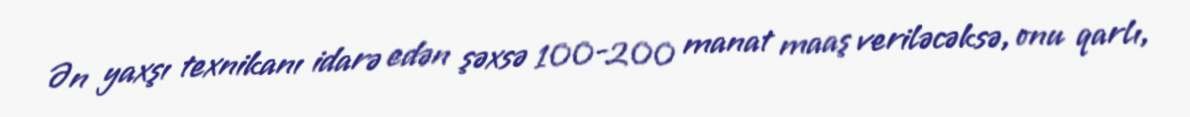
Ən yaxşı texnikanı idarə edən şəxsə 100-200 manat maaş veriləcəksə, onu qarlı,